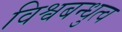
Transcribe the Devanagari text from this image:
विश्वबन्धुत्व